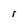
Character: r